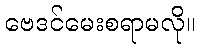
ဗေဒင်မေးစရာမလို။